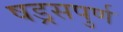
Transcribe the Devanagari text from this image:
षड्रसपुर्ण